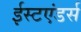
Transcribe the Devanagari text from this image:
ईस्टएंडर्स